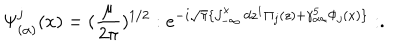
\Psi _ { ( \alpha ) } ^ { j } ( x ) = ( \frac { \mu } { 2 \pi } ) ^ { 1 / 2 } : e ^ { - i \sqrt { \pi } \{ \int _ { - \infty } ^ { x } d z ^ { 1 } \Pi _ { j } ( z ) + \gamma _ { \alpha \alpha } ^ { 5 } \Phi _ { j } ( x ) \} } : .